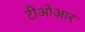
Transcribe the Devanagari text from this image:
टीओआर